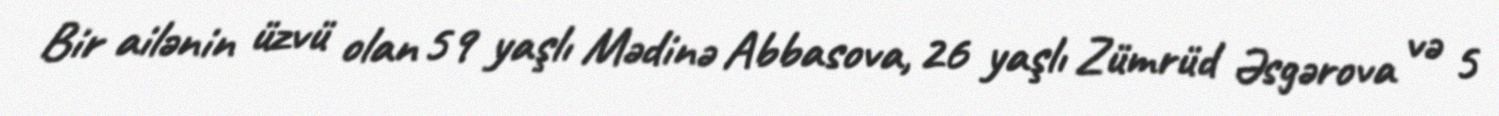
Bir ailənin üzvü olan 59 yaşlı Mədinə Abbasova, 26 yaşlı Zümrüd Əsgərova və 5